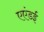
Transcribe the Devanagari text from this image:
एएंडई